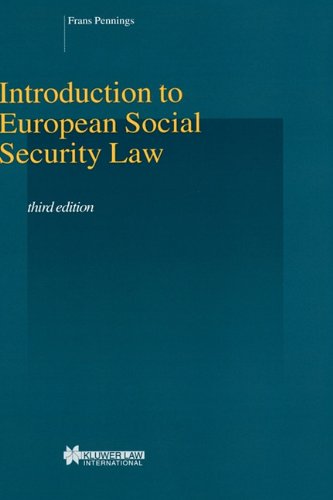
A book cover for Introduction To EUropean Social Security Law, 3rd Edition (Studies in Employment and Social Policy Set); Frans Pennings; Law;